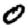
Digit: 0